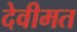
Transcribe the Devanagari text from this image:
देवीमत